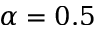
\alpha = 0 . 5